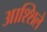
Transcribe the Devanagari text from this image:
आश्शिले